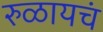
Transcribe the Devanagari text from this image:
रुळायचं